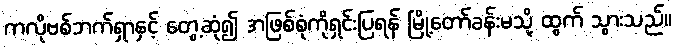
ကလိုဗစ်ဘက်ရှာနှင့် တွေ့ဆုံ၍ အဖြစ်စုံကိုရှင်းပြရန် မြို့တော်ခန်းမသို့ ထွက် သွားသည်။